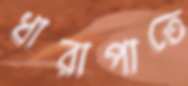
ধারাপাতে